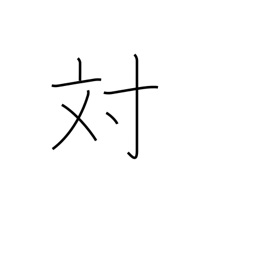
Meaning: opposite